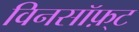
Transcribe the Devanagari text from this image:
विनसॉफ़्ट